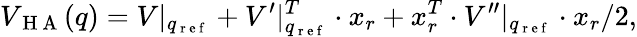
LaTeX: V_{\mathrm{~H~A~}}(q)=V|_{q_{\mathrm{~r~e~f~}}}+V^{\prime}|_{q_{\mathrm{~r~e~f~}}}^{T}\cdot x_{r}+x_{r}^{T}\cdot V^{\prime\prime}|_{q_{\mathrm{~r~e~f~}}}\cdot x_{r}/2,